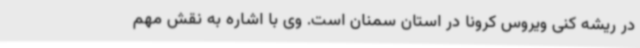
در ریشه کنی ویروس کرونا در استان سمنان است. وی با اشاره به نقش مهم